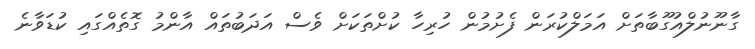
ގާނޫނުލްއުގޫބާތަށް އަމަލްކުރަން ފެށުމުން ހުރިހާ ކުށްތަކަށް ވެސް އަދަބުތައް އާންމު ގޮތެއްގައި ކުޑަވާނެ